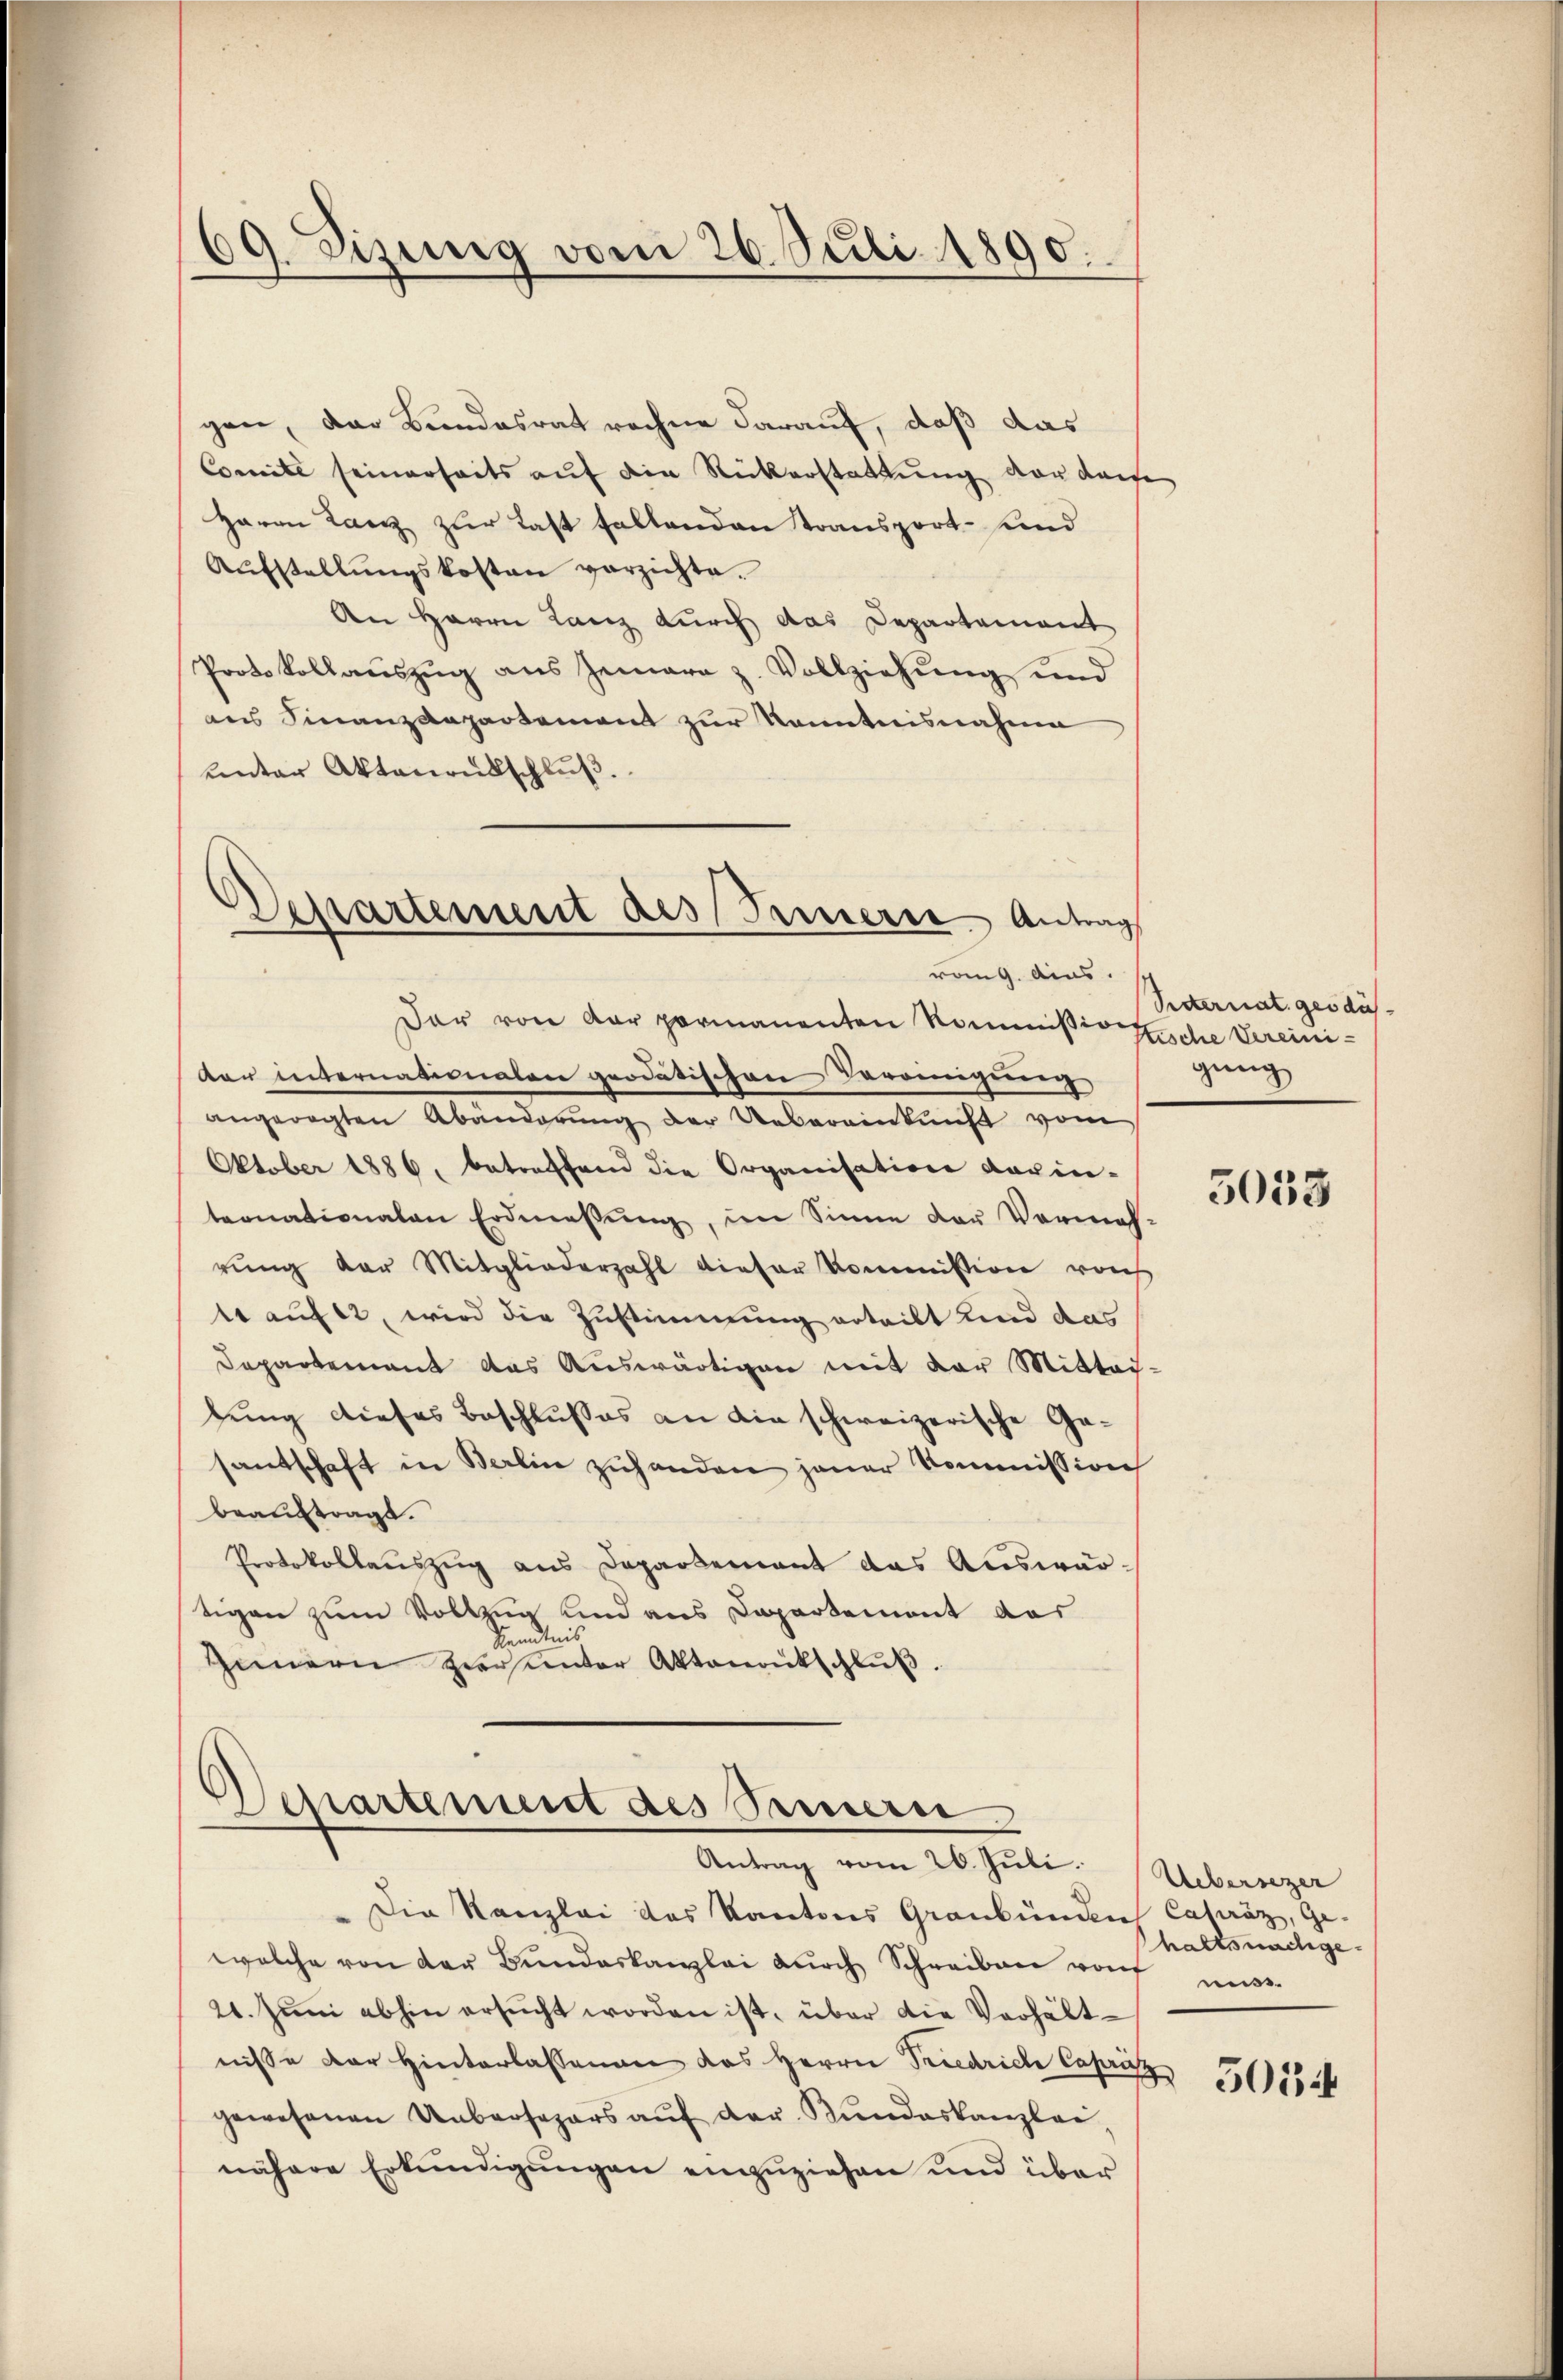
69. Sizung vom 26. Juli 1890.

gen, der Bundesrat rechne darauf, daß das
Comite seinerseits auf die Rückerstattung vor den
Haron Lanz zur Last fallenden Stransport- und
Aŭfstellŭngskosten verzichte.
An Herrn Lanz durch das Departement
Protokollaŭszŭg ans Gemara z. Vollziehŭng und
ans Finanzdepartement zur Kenntnisnahme
unter Aktenantschlŭβ
der internationalen geodatischen Vereinigung
angeregten Abänderŭng der Uebereinkunft vom
Oktober 1886, betreffend die Organisation darin-
ternationalen Erdmessung, im Sinne der Vormah
rŭng der Mitgliederzahl dieser Kommission von
tr aufer, wird die Zustimmung erteilt und das
Departement das Auswärtigen mit der Mittei-
lung dieses Beschlusses an die schweizerische Gasantschaft in Berlin zuhanden jener Kommission
beauftragt.
Protokollauszug aus Departement das Auswärtigen zum Vollzug und aus Departement das
endtnis
Innern zur unter Aktenantschluß.

Departement des Seiner Antrag
vong. Ains.
Der von der permanenten Kommissio Eiche Vereini¬

Departement des Simmern
Antrag vom 26. Juli.

Reiternat. gesdüsgung

Die Kanzlei das Kantons Graubünden Capräz, Ge-
welche von der Bŭndeskanzlei dŭrch Schreiben von mess
21. Jŭni abhin ersŭcht worden ist, über die Verhältnisse der Hinterlassengen das Herrn Friedrich Capriz
gewesenen Unbrosegars aŭf der Kundeskanzlei,
nähere Erkundigungen einzuziehen und über

.
s

3033

Uebersezer
haltsnachge¬

e

5054